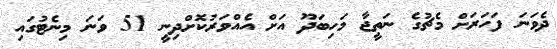
ދެވަނަ ފަހަރަށް މެޗުގެ ނަތީޖާ މަހިބަދޫ އަށް އެއްވަރުކޮށްދިނީ 51 ވަނަ މިނެޓުގައި